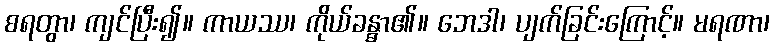
စရတွာ၊ ကျင်ပြီး၍။ ကာယဿ၊ ကိုယ်ခန္ဓာ၏။ ဘေဒါ၊ ပျက်ခြင်းကြောင့်။ မရဏာ၊